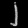
Digit: ၂